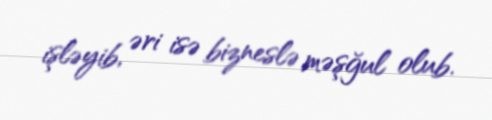
işləyib, əri isə bizneslə məşğul olub.